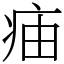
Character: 㾄